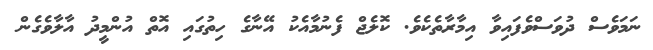
ނަމަވެސް ދުވަސްވެފައިވާ އިމާރާތެކެވެ. ކޮލެޖް ފެނުމާއެކު އޭނާގެ ހިތުގައި އޮތް އުންމީދު އާލާވެގެން